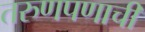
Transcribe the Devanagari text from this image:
तरुणपणाची